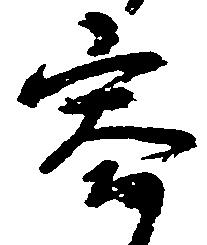
容